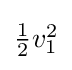
{\textstyle {\tfrac {1}{2}}v_{1}^{2}}